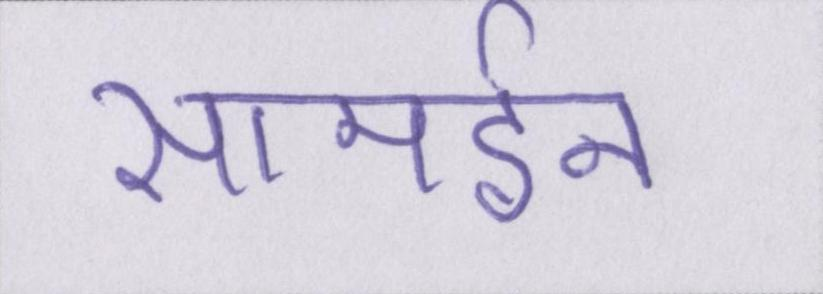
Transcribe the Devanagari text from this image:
सामईन